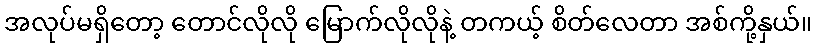
အလုပ်မရှိတော့ တောင်လိုလို မြောက်လိုလိုနဲ့ တကယ့် စိတ်လေတာ အစ်ကို့နှယ်။